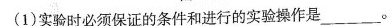
(1)实验时必须保证的条件和进行的实验操作是___。